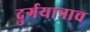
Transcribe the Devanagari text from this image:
दुर्गयात्राच